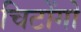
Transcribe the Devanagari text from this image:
चिटोंगो